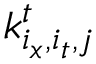
k _ { i _ { x } , i _ { t } , j } ^ { t }